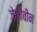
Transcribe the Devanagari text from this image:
जेलीबीन